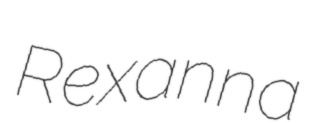
Rexanna